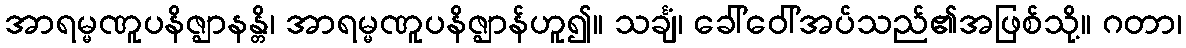
အာရမ္မဏူပနိဇ္ဈာနန္တိ၊ အာရမ္မဏူပနိဇ္ဈာန်ဟူ၍။ သင်္ချံ၊ ခေါ်ဝေါ်အပ်သည်၏အဖြစ်သို့။ ဂတာ၊